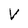
Character: V